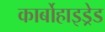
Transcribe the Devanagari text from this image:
कार्बोहाइड्रेड